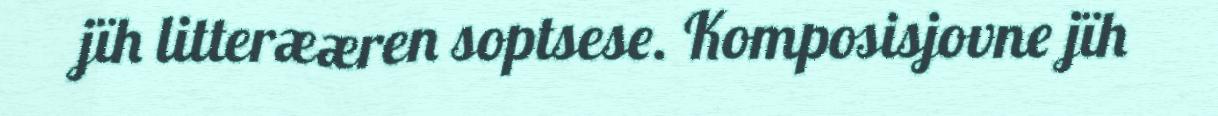
jïh litterææren soptsese. Komposisjovne jïh